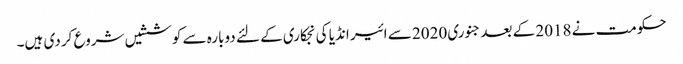
حکومت نے 2018 کے بعد جنوری 2020 سے ائیر انڈیا کی نجکاری کے لئے دوبارہ سے کوششیں شروع کر دی ہیں۔